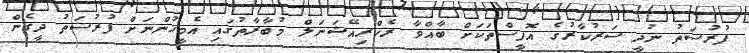
ފުރުސަތު ނުދީ ސަރުކާރުގެ އޮފީސްތަކަށް ބާއްވާ ރެކްރިއޭޝަނަލް މުބާރާތުގައި އެމީހުންނަށް ފުރުސަތު ދީގެން